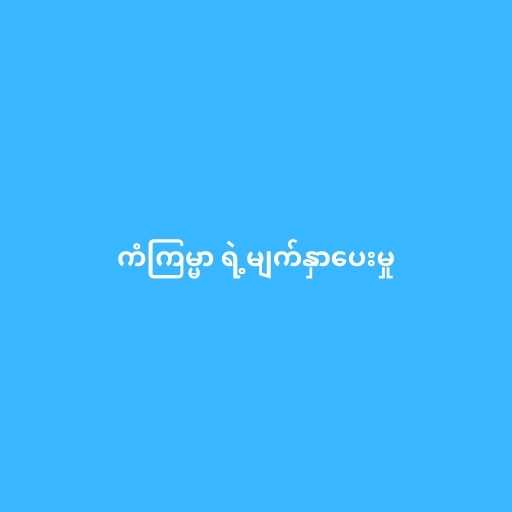
ကံကြမ္မာ ရဲ့မျက်နှာပေးမှု